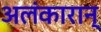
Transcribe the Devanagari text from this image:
अलंकारान्